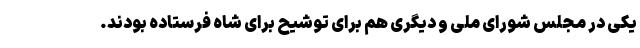
یکی در مجلس شورای ملی و دیگری هم برای توشیح برای شاه فرستاده بودند.